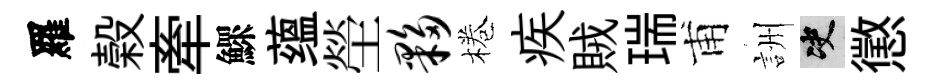
羅榖牽鰥蕴塋夥棬疾賊瑞甫詶决懲